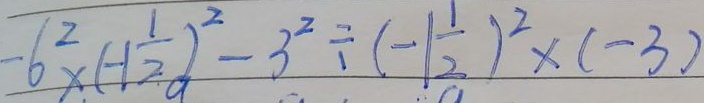
- 6 ^ { 2 } \times ( - 1 \frac { 1 } { 2 } ) ^ { 2 } - 3 ^ { 2 } \div ( - 1 \frac { 1 } { 2 } ) ^ { 2 } \times ( - 3 )